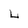
Character: L